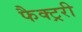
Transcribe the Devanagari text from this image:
फैक्ट्ररी